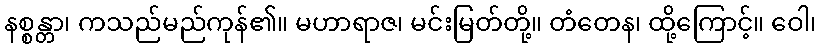
နစ္စန္တာ၊ ကသည်မည်ကုန်၏။ မဟာရာဇ၊ မင်းမြတ်တို့။ တံတေန၊ ထို့ကြောင့်။ ဝေါ၊